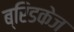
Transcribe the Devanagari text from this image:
ब्रिडकेज